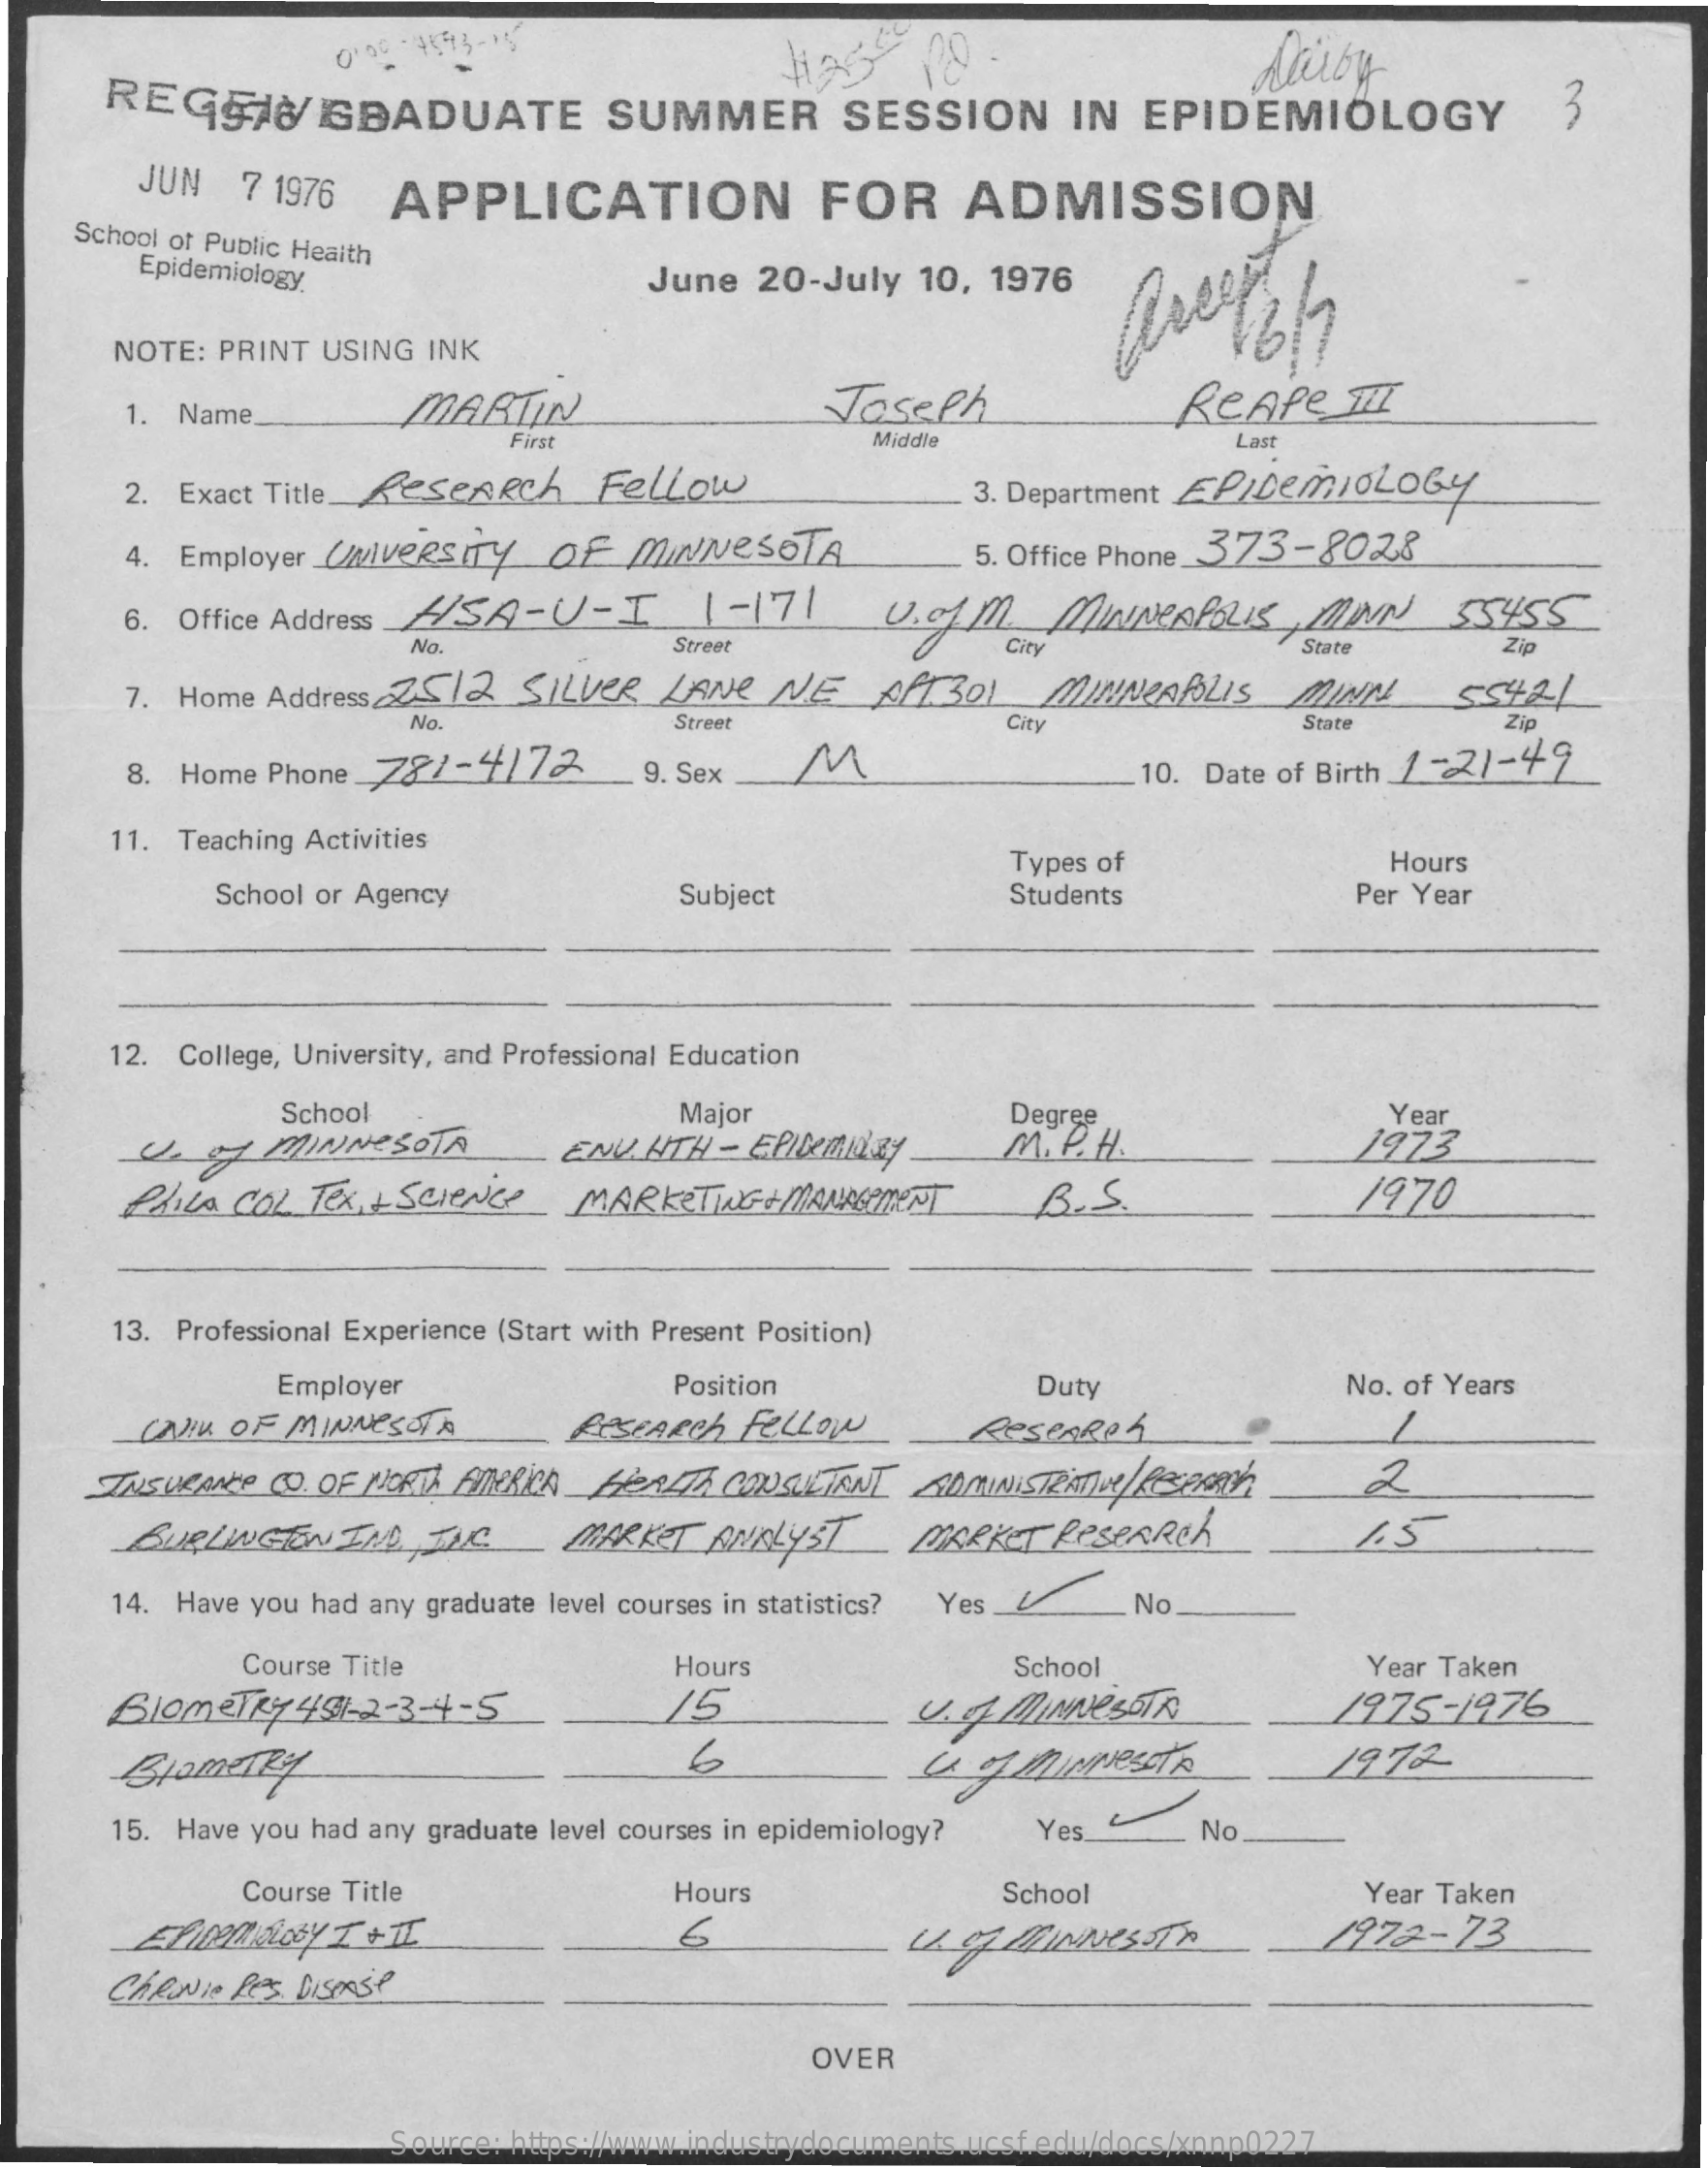
REGGIO    GRADUATE    SUMMER    SESSION    IN  EPIDEMIOLOGY    3
     PO  .    Darby
     JUN  7 1976 APPLICATION    FOR    ADMISSION
    School of Public Health
     Epidemiology    June  20-July 10, 1976
     NOTE: PRINT USING INK
     1. Name_    MARTIN    Joseph    ReApe   MI
     First    Middle    Last
     2. Exact Title. Research Fellow    3. Department EPIbemIoLoby
     4. Employer UNIVERSITY OF MINNESOTA    5. Office Phone_ 373-8028
     6. Office Address HSA - U - I 1- 171  U. cfm  MINNEAPOLIS,MIN    554.55
     No.    Street    City    State    Zip
     7. Home Address_2512 SILVER LANE NE  AMT 301 MINNEAPOLIS MINI!   55421
     No.    Street    City    State    Zip
     8. Home Phone _72/-41722 9. Sex  M    10. Date of Birth 1 -2/-49
     11. Teaching Activities
     Types of    Hours
     School or Agency    Subject    Students    Per Year
     12. College, University, and Professional Education
     School    Major    Degree
     Je of MINNESOTA    ENV. HTH - EPIDEMILay M. P. H.
     Year
     1973
     Plica COL Tex, + Science MARKETING & MANAGEMENT B. S.    /970
     13. Professional Experience (Start with Present Position)
     Employer    Position    Duty    No. of Years
     CAIU OF MINNESOTA    Research fellow    ReseARef
     INSURANCE CO. OF NORTH AMERICA BERATA CONSULTANT ADMINISTRATIVE /REPORTÉ 2
     BURLINGTON IND ING   MARKET ANALYST   MARKET RESEARCH    1.5
     14. Have you had any graduate level courses in statistics? Yes _L . No
     Course Title    Hours
     15
     School    Year Taken
     BlomeTry 4:581 -2- 3-4-5    V.Q  MINNesSix    1975-1976
     BtomeTRY    6    1972
     15. Have you had any graduate level courses in epidemiology? Yes . No
     Course Title    Hours    School    Year Taken
     2272-73
     CARNIe Pes Disease
     OVER
     Source: https://www.industrydocuments.ucsf.edu/docs/xnnp0227